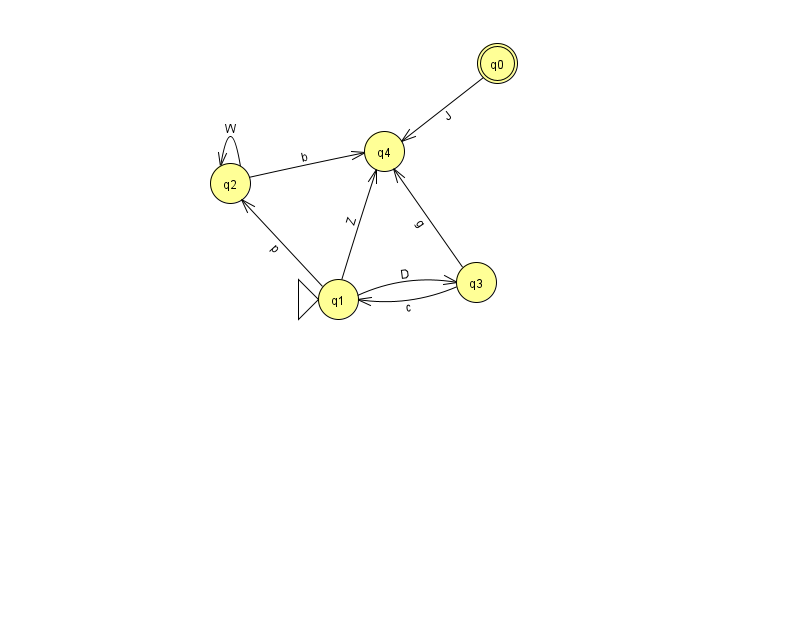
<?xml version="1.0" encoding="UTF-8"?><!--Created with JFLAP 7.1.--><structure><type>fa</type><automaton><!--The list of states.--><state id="0" name="q0"><x>497.0</x><y>50.0</y><final/></state><state id="1" name="q1"><x>338.0</x><y>286.0</y><initial/></state><state id="2" name="q2"><x>230.0</x><y>170.0</y></state><state id="3" name="q3"><x>476.0</x><y>269.0</y></state><state id="4" name="q4"><x>384.0</x><y>138.0</y></state><!--The list of transitions.--><transition><from>1</from><to>4</to><read>Z</read></transition><transition><from>1</from><to>2</to><read>p</read></transition><transition><from>1</from><to>3</to><read>D</read></transition><transition><from>3</from><to>1</to><read>c</read></transition><transition><from>2</from><to>2</to><read>W</read></transition><transition><from>2</from><to>4</to><read>b</read></transition><transition><from>3</from><to>4</to><read>g</read></transition><transition><from>0</from><to>4</to><read>J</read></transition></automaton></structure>